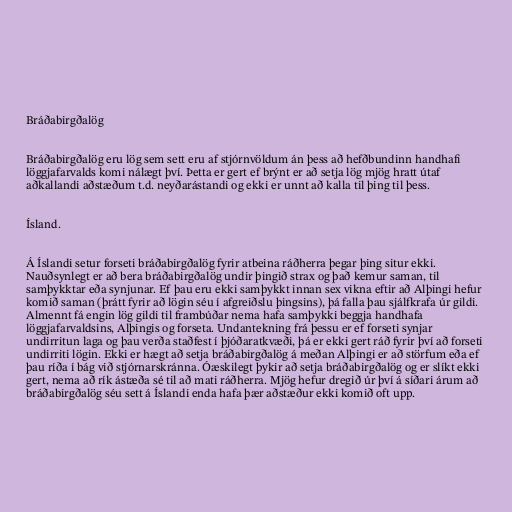
Bráðabirgðalög

Bráðabirgðalög eru lög sem sett eru af stjórnvöldum án þess að hefðbundinn handhafi
löggjafarvalds komi nálægt því. Þetta er gert ef brýnt er að setja lög mjög hratt útaf
aðkallandi aðstæðum t.d. neyðarástandi og ekki er unnt að kalla til þing til þess.

Ísland.

Á Íslandi setur forseti bráðabirgðalög fyrir atbeina ráðherra þegar þing situr ekki.
Nauðsynlegt er að bera bráðabirgðalög undir þingið strax og það kemur saman, til
samþykktar eða synjunar. Ef þau eru ekki samþykkt innan sex vikna eftir að Alþingi hefur
komið saman (þrátt fyrir að lögin séu í afgreiðslu þingsins), þá falla þau sjálfkrafa úr gildi.
Almennt fá engin lög gildi til frambúðar nema hafa samþykki beggja handhafa
löggjafarvaldsins, Alþingis og forseta. Undantekning frá þessu er ef forseti synjar
undirritun laga og þau verða staðfest í þjóðaratkvæði, þá er ekki gert ráð fyrir því að forseti
undirriti lögin. Ekki er hægt að setja bráðabirgðalög á meðan Alþingi er að störfum eða ef
þau ríða í bág við stjórnarskránna. Óæskilegt þykir að setja bráðabirgðalög og er slíkt ekki
gert, nema að rík ástæða sé til að mati ráðherra. Mjög hefur dregið úr því á síðari árum að
bráðabirgðalög séu sett á Íslandi enda hafa þær aðstæður ekki komið oft upp.